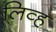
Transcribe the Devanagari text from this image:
लिव्ह